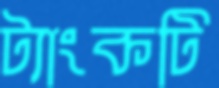
ট্যাংকটি